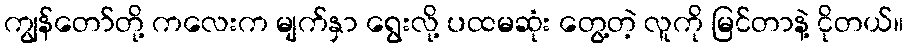
ကျွန်တော်တို့ ကလေးက မျက်နှာ ရွေးလို့ ပထမဆုံး တွေ့တဲ့ လူကို မြင်တာနဲ့ ငိုတယ်။